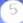
5